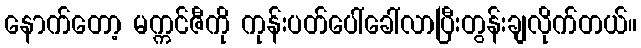
နောက်တော့ မက္ကင်ဇီကို ကုန်းပတ်ပေါ်ခေါ်လာပြီးတွန်းချလိုက်တယ်။